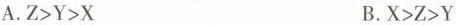
A. $$Z>Y>K$$ B.$$X>Z>Y$$